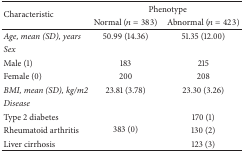
| <ROWSPAN=2> Characteristic | <COLSPAN=2> Phenotype |
 | Normal (n = 383) | Abnormal (n = 423) |
 | --- | --- | --- |
 | Age, mean (SD), years | 50.99 (14.36) | 51.35 (12.00) |
 | Sex |  |  |
 | Male (1) | 183 | 215 |
 | Female (0) | 200 | 208 |
 | BMI, mean (SD), kg/m2 | 23.81 (3.78) | 23.30 (3.26) |
 | Disease |  |  |
 | Type 2 diabetes | <ROWSPAN=3> 383 (0) | 170 (1) |
 | Rheumatoid arthritis | 130 (2) |
 | Liver cirrhosis | 123 (3) |